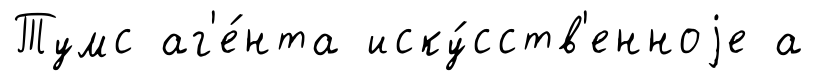
Тумс аг'е́нта иску́сств'енноjе а